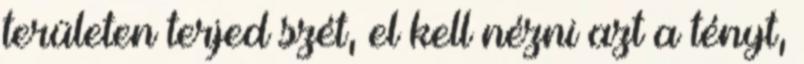
területen terjed szét, el kell nézni azt a tényt,